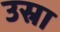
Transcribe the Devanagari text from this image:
उस्रा